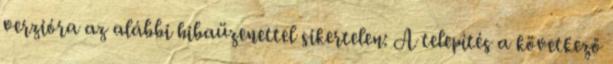
verzióra az alábbi hibaüzenettel sikertelen: A telepítés a következő